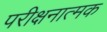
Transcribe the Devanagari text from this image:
परीक्षनात्मक